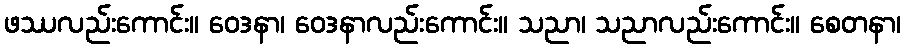
ဖဿလည်းကောင်း။ ဝေဒနာ၊ ဝေဒနာလည်းကောင်း။ သညာ၊ သညာလည်းကောင်း။ စေတနာ၊